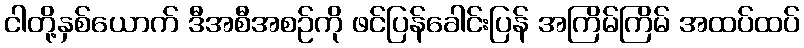
ငါတို့နှစ်ယောက် ဒီအစီအစဉ်ကို ဖင်ပြန်ခေါင်းပြန် အကြိမ်ကြိမ် အထပ်ထပ်